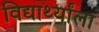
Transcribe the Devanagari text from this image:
विद्यार्थ्यांला